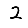
Digit: 2